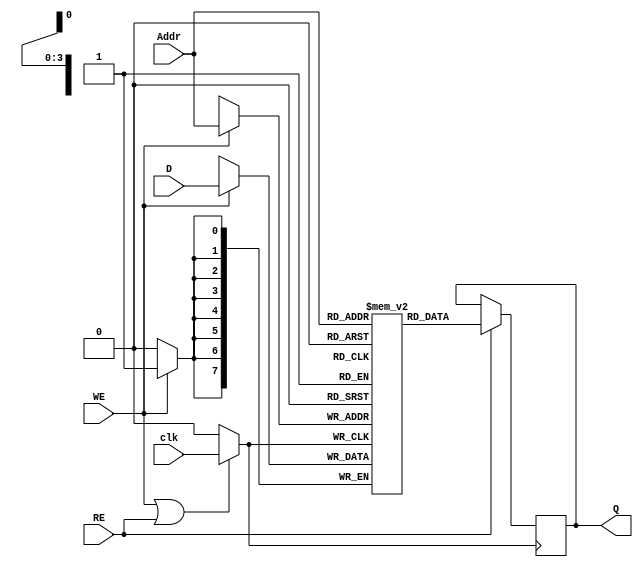
module MemoryBlockWithClockGating (
    input wire [7:0] D,           // Data input
    input wire [3:0] Addr,        // Address input
    input wire WE,                // Write enable
    input wire RE,                // Read enable
    input wire clk,               // Main clock
    output reg [7:0] Q            // Data output
);

    // Memory array: 16 x 8 bits
    reg [7:0] memory [0:15];

    // Gated clock signal
    wire gated_clk;
    reg clk_enable;

    // Clock Gating Logic
    always @(*) begin
        // Enable the clock if either read or write is active
        clk_enable = WE || RE;
    end

    // Generate gated clock signal
    assign gated_clk = clk_enable ? clk : 1'b0;

    // Write Logic
    always @(posedge gated_clk) begin
        if (WE) begin
            memory[Addr] <= D; // Write data to memory
        end
    end

    // Read Logic
    always @(posedge gated_clk) begin
        if (RE) begin
            Q <= memory[Addr]; // Read data from memory
        end
    end

endmodule